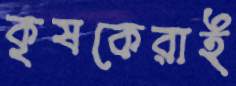
কৃষকেরাই